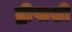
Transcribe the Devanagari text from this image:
द्वीपाशी